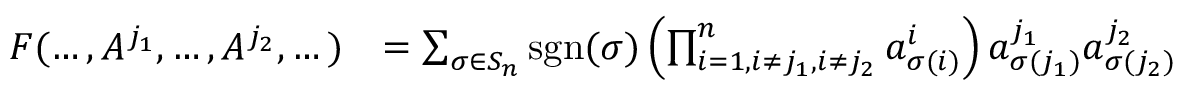
{ \begin{array} { r l } { F ( \dots , A ^ { j _ { 1 } } , \dots , A ^ { j _ { 2 } } , \dots ) } & { = \sum _ { \sigma \in S _ { n } } \operatorname { s g n } ( \sigma ) \left( \prod _ { i = 1 , i \neq j _ { 1 } , i \neq j _ { 2 } } ^ { n } a _ { \sigma ( i ) } ^ { i } \right) a _ { \sigma ( j _ { 1 } ) } ^ { j _ { 1 } } a _ { \sigma ( j _ { 2 } ) } ^ { j _ { 2 } } } \end{array} }